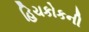
હિચકોકની